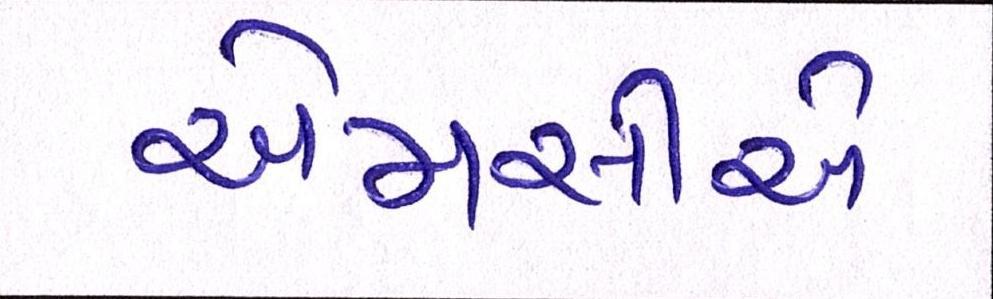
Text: એમસીએ